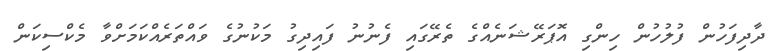
ދާދިފަހުން ފުލުހުން ހިންގި އޮޕަރޭޝަނެއްގެ ތެރޭގައި ފެނުނު ފައިދިގު މަކުނުގެ ވައްތަރެއްކަމަށްވާ މެކްސިކަން